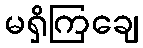
မရှိကြချေ